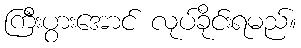
ကြီးပွားအောင် လုပ်ခိုင်းရမည်။